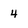
Character: 4